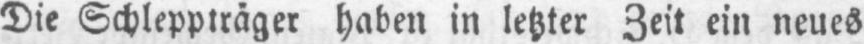
Die Schleppträger haben in letzter Zeit ein neues